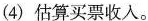
(4)估算买票收入。